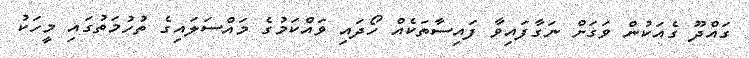
ގައްދޫ ގެއަކުން ވަގަށް ނަގާފައިވާ ފައިސާތަކެއް ހޯދައި ވައްކަމުގެ މައްސަލައިގެ ތުހުމަތުގައި މީހަކު